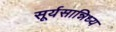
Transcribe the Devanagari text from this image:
सूर्यसान्निध्य